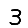
Digit: 3